Report on the metropolitan horse fairs and district horse shows of 1892-93 - 1892-1893
Year: 1892
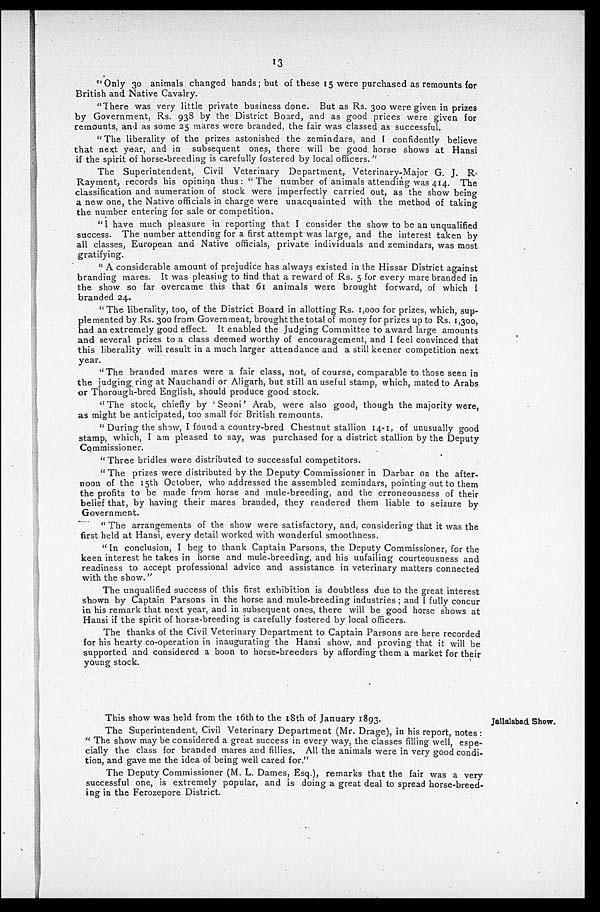
13
" Only 30 animals changed hands; but of these 15 were purchased as remounts for
British and Native Cavalry.
" There was very little private business done. But as Rs. 300 were given in prizes
by Government, Rs. 938 by the District Board, and as good prices were given for
remounts, and as some 25 mares were branded, the fair was classed as successful.
" The liberality of the prizes astonished the zemindars, and I confidently believe
that next year, and in subsequent ones, there will be good horse shows at Hansi
if the spirit of horse-breeding is carefully fostered by local officers."
The Superintendent, Civil Veterinary Department, Veterinary-Major G. J. R.
Rayment, records his opinion thus: "The number of animals attending was 414. The
classification and numeration of stock were imperfectly carried out, as the show being
a new one, the Native officials in charge were unacquainted with the method of taking
the number entering for sale or competition.
" I have much pleasure in reporting that I consider the show to be an unqualified
success. The number attending for a first attempt was large, and the interest taken by
all classes, European and Native officials, private individuals and zemindars, was most
gratifying.
" A considerable amount of prejudice has always existed in the Hissar District against
branding mares. It was pleasing to find that a reward of Rs. 5 for every mare branded in
the show so far overcame this that 61 animals were brought forward, of which I
branded 24.
" The liberality, too, of the District Board in allotting Rs. 1,000 for prizes, which, sup-
plemented by Rs. 300 from Government, brought the total of money for prizes up to Rs. 1,300,
had an extremely good effect. It enabled the Judging Committee to award large amounts
and several prizes to a class deemed worthy of encouragement, and I feel convinced that
this liberality will result in a much larger attendance and a still keener competition next
year.
" The branded mares were a fair class, not, of course, comparable to those seen in
the judging ring at Nauchandi or Aligarh, but still an useful stamp, which, mated to Arabs
or Thorough-bred English, should produce good stock.
" The stock, chiefly by 'Seoni' Arab, were also good, though the majority were,
as might be anticipated, too small for British remounts.
" During the show, I found a country-bred Chestnut stallion 14-1, of unusually good
stamp, which, I am pleased to say, was purchased for a district stallion by the Deputy
Commissioner.
" Three bridles were distributed to successful competitors.
" The prizes were distributed by the Deputy Commissioner in Darbar on the after-
noon of the 15th October, who addressed the assembled zemindars, pointing out to them
the profits to be made from horse and mule-breeding, and the erroneousness of their
belief that, by having their mares branded, they rendered them liable to seizure by
Government.
" The arrangements of the show were satisfactory, and, considering that it was the
first held at Hansi, every detail worked with wonderful smoothness.
" In conclusion, I beg to thank Captain Parsons, the Deputy Commissioner, for the
keen interest he takes in horse and mule-breeding, and his unfailing courteousness and
readiness to accept professional advice and assistance in veterinary matters connected
with the show."
The unqualified success of this first exhibition is doubtless due to the great interest
shown by Captain Parsons in the horse and mule-breeding industries; and I fully concur
in his remark that next year, and in subsequent ones, there will be good horse shows at
Hansi if the spirit of horse-breeding is carefully fostered by local officers.
The thanks of the Civil Veterinary Department to Captain Parsons are here recorded
for his hearty co-operation in inaugurating the Hansi show, and proving that it will be
supported and considered a boon to horse-breeders by affording them a market for their
young stock.
Jallalabad Show.
This show was held from the 16th to the 18th of January 1893.
The Superintendent, Civil Veterinary Department (Mr. Drage), in his report, notes :
" The show may be considered a great success in every way, the classes filling well, espe-
cially the class for branded mares and fillies. All the animals were in very good condi-
tion, and gave me the idea of being well cared for."
The Deputy Commissioner (M. L. Dames, Esq.), remarks that the fair was a very
successful one, is extremely popular, and is doing a great deal to spread horse-breed-
ing in the Ferozepore District.